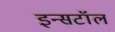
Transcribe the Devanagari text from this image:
इन्सटॉल